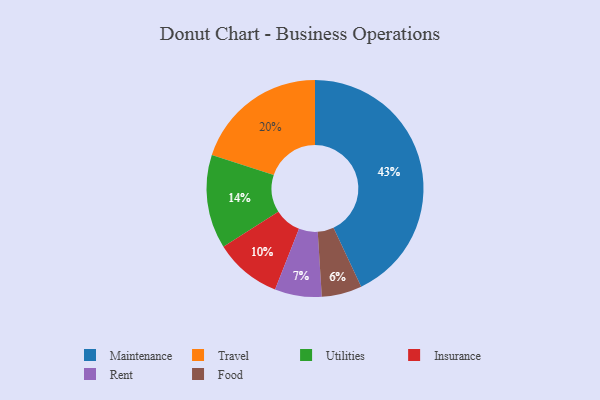
{"axis": {"x": "Category", "y": "Percentage"}, "legend": ["Food", "Insurance", "Maintenance", "Rent", "Travel", "Utilities"], "data": [{"x": "Insurance", "y": 10, "type": "Insurance"}, {"x": "Food", "y": 6, "type": "Food"}, {"x": "Utilities", "y": 14, "type": "Utilities"}, {"x": "Travel", "y": 20, "type": "Travel"}, {"x": "Maintenance", "y": 43, "type": "Maintenance"}, {"x": "Rent", "y": 7, "type": "Rent"}]}